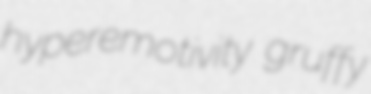
hyperemotivity gruffy